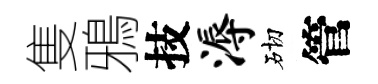
隻鴉技溽砌管